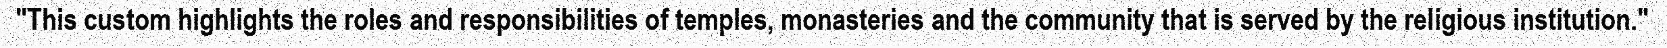
"This custom highlights the roles and responsibilities of temples, monasteries and the community that is served by the religious institution."